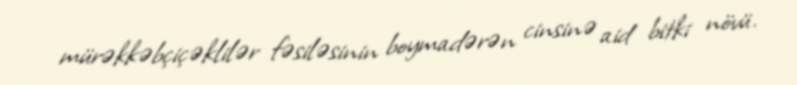
mürəkkəbçiçəklilər fəsiləsinin boymadərən cinsinə aid bitki növü.